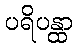
ပရိပန္ထာ